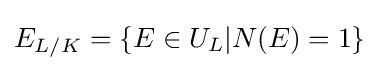
E_{L/K}=\{E\in U_{L}|N(E)=1\}